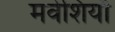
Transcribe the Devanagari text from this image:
मवेशियाँ